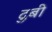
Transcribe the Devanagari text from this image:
दुबी